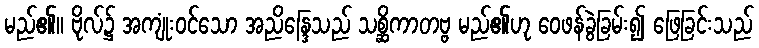
မည်၏။ ဗိုလ်၌ အကျုံးဝင်သော အညိန္ဒြေသည် သစ္ဆိကာတဗ္ဗ မည်၏ဟု ဝေဖန်ခွဲခြမ်း၍ ဖြေခြင်းသည်